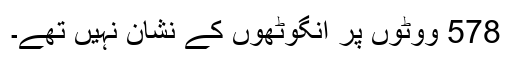
578 ووٹوں پر انگوٹھوں کے نشان نہیں تھے۔